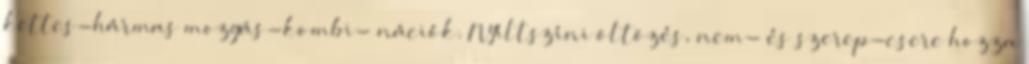
kettes-hármas mozgás-kombi- nációk. Nyíltszíni öltözés, nem- és szerep-csere hozza